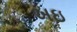
ખઇ